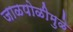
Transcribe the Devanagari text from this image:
जाळपोळीमुळे